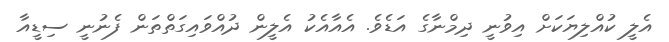
އެލީ ކުއްލިޔަކަށް އިވުނީ ދިމްނާގެ އަޑެވެ. އެއާއެކު އެލީން ދުއްވައިގަތްތަން ފެނުނީ ސިޑީއާ